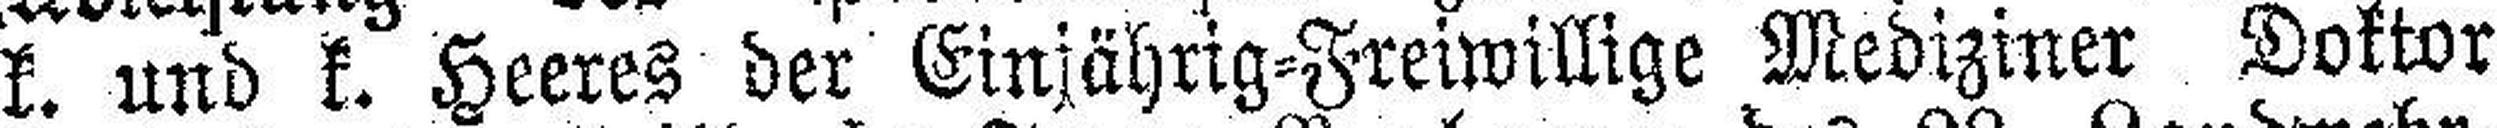
k. und k. Heeres der Einjährig-Freiwillige Mediziner Doktor